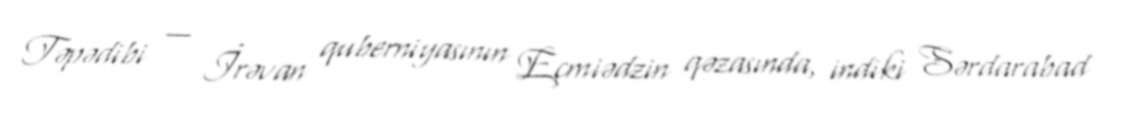
Təpədibi — İrəvan quberniyasının Eçmiədzin qəzasında, indiki Sərdarabad